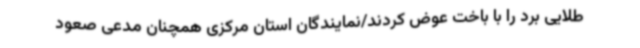
طلایی برد را با باخت عوض کردند/نمایندگان استان مرکزی همچنان مدعی صعود